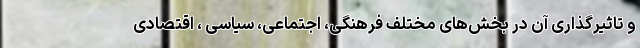
و تاثیرگذاری آن در بخش‌های مختلف فرهنگی، اجتماعی، سیاسی ، اقتصادی